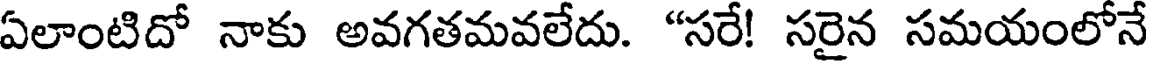
ఏలాంటిదో నాకు అవగతమవలేదు. "సరే! సరైన సమయంలోనే